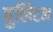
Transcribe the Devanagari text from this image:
बुलिटन